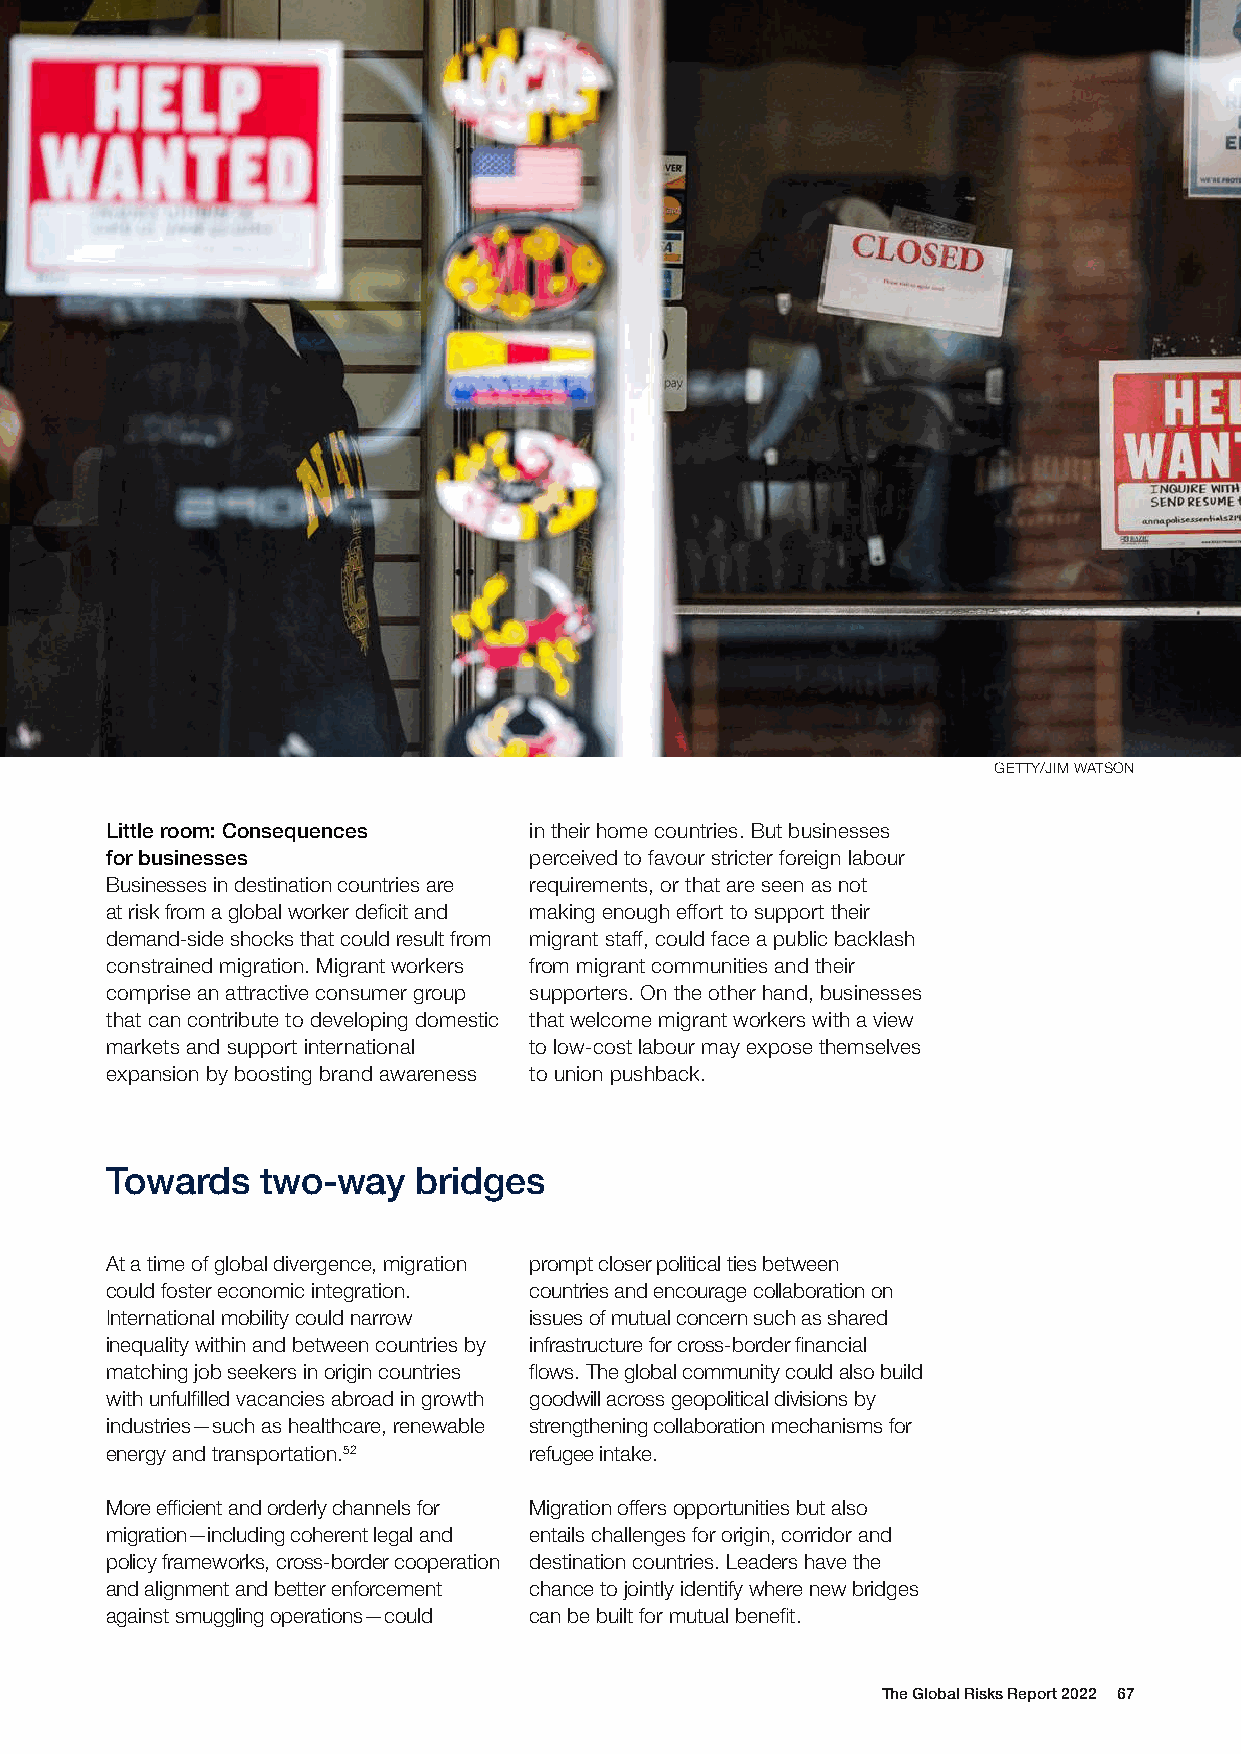
GETTY/JIM WATSON
 Little room: Consequences   in their home countries. But businesses
 for businesses              perceived to favour stricter foreign labour
 Businesses in destination countries are requirements, or that are seen as not
 at risk from a global worker deficit and making enough effort to support their
 demand-side shocks that could result from migrant staff, could face a public backlash
 constrained migration. Migrant workers from migrant communities and their
 comprise an attractive consumer group supporters. On the other hand, businesses
 that can contribute to developing domestic that welcome migrant workers with a view
 markets and support international to low-cost labour may expose themselves
 expansion by boosting brand awareness to union pushback.
 Towards   two-way    bridges
 At a time of global divergence, migration prompt closer political ties between
 could foster economic integration. countries and encourage collaboration on
 International mobility could narrow issues of mutual concern such as shared
 inequality within and between countries by infrastructure for cross-border financial
 matching job seekers in origin countries flows. The global community could also build
 with unfulfilled vacancies abroad in growth goodwill across geopolitical divisions by
 industries—such as healthcare, renewable strengthening collaboration mechanisms for
 energy and transportation.52 refugee intake.
 More efficient and orderly channels for Migration offers opportunities but also
 migration—including coherent legal and entails challenges for origin, corridor and
 policy frameworks, cross-border cooperation destination countries. Leaders have the
 and alignment and better enforcement chance to jointly identify where new bridges
 against smuggling operations—could can be built for mutual benefit.
 The Global Risks Report 2022 67